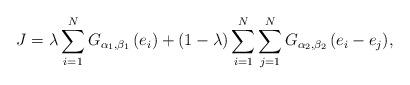
LaTeX: \begin{align*}J = \lambda \sum\limits_{i = 1}^N {{G_{{\alpha _1},{\beta _1}}}\left( {{e_i}} \right)} + \left( {1 - \lambda } \right)\sum\limits_{i = 1}^N {\sum\limits_{j = 1}^N {{G_{{\alpha _2},{\beta _2}}}\left( {{e_i} - {e_j}} \right)} } ,\end{align*}